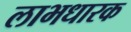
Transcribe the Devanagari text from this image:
लाभधारक